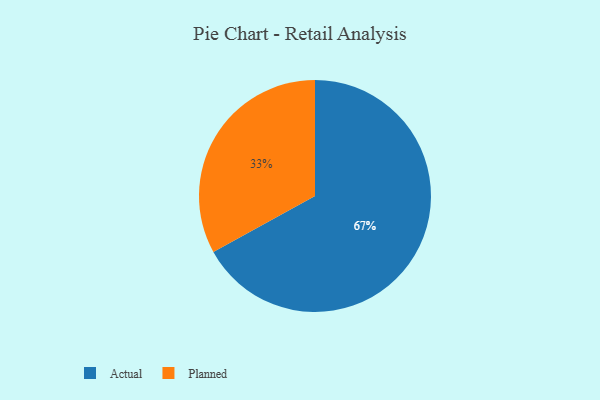
{"axis": {"x": "Category", "y": "Percentage"}, "legend": ["Actual", "Planned"], "data": [{"x": "Actual", "y": 67, "type": "Actual"}, {"x": "Planned", "y": 33, "type": "Planned"}]}